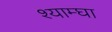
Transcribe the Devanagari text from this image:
श्याम्घा